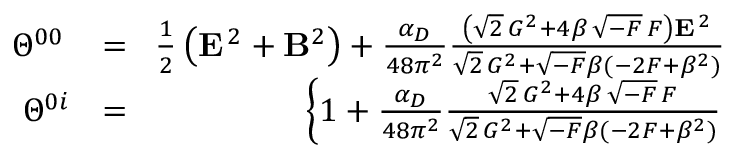
\begin{array} { r l r } { \Theta ^ { 0 0 } \! } & { { } = } & { \! \frac { 1 } { 2 } \left( { \bf E } ^ { \, 2 } + { \bf B } ^ { 2 } \right) + \frac { \alpha _ { D } } { 4 8 \pi ^ { 2 } } \frac { \left( \sqrt { 2 } \, { \cal G } ^ { 2 } + 4 \beta \, \sqrt { - { \cal F } } \, { \cal F } \right) { \bf E } ^ { \, 2 } } { \sqrt { 2 } \, { \cal G } ^ { 2 } + \sqrt { - { \cal F } } \beta ( - 2 { \cal F } + \beta ^ { 2 } ) } } \\ { \Theta ^ { 0 i } \! \! } & { { } = } & { \! \! \left\{ 1 + \frac { \alpha _ { D } } { 4 8 \pi ^ { 2 } } \frac { \sqrt { 2 } \, { \cal G } ^ { 2 } + 4 \beta \, \sqrt { - { \cal F } } \, { \cal F } } { \sqrt { 2 } \, { \cal G } ^ { 2 } + \sqrt { - { \cal F } } \beta ( - 2 { \cal F } + \beta ^ { 2 } ) } \right. } \end{array}